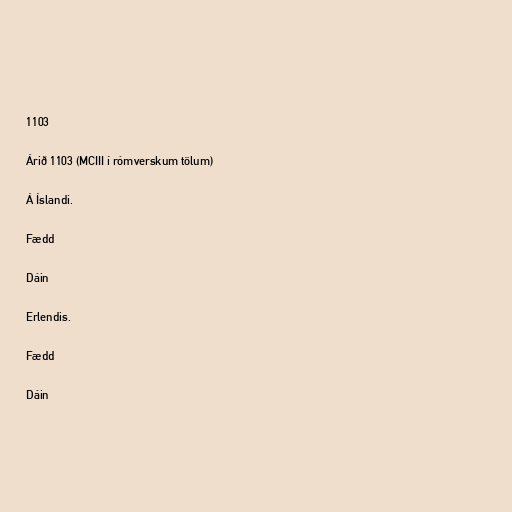
1103

Árið 1103 (MCIII í rómverskum tölum)

Á Íslandi.

Fædd

Dáin

Erlendis.

Fædd

Dáin